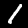
Label: 1